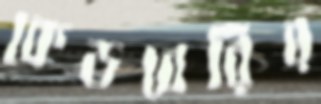
কেডবেরির